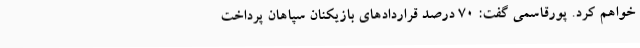
خواهم کرد. پورقاسمی گفت: 70 درصد قراردادهای بازیکنان سپاهان پرداخت